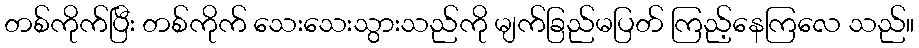
တစ်ကိုက်ပြီး တစ်ကိုက် သေးသေးသွားသည်ကို မျက်ခြည်မပြတ် ကြည့်နေကြလေ သည်။